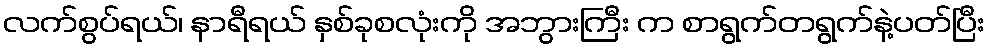
လက်စွပ်ရယ်၊ နာရီရယ် နှစ်ခုစလုံးကို အဘွားကြီး က စာရွက်တရွက်နဲ့ပတ်ပြီး